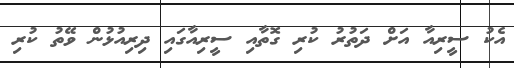
އެކު ސީރިއާ އަށް ދަތުރު ކުރި ގޮތާއި ސީރިއާގައި ދިރިއުޅުން ވޭތު ކުރި